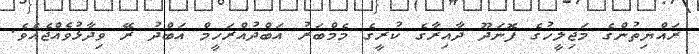
ރައްޔިތުންގެ މަޖިލީހުގެ ފޮނަދޫ ދާއިރާގެ ކުރީގެ މެމްބަރު އަބްދުއްރަހީމް އަބްދު ރޭ ވިދާޅުވެއްޖެއެވެ.